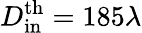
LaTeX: D_{\mathrm{in}}^{\mathrm{th}}=185\lambda